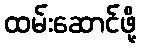
ထမ်းဆောင်ဖို့